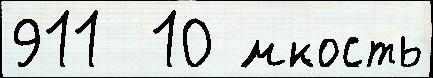
911  10 ́мкость